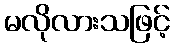
မလိုလားသဖြင့်